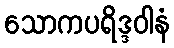
သောကပရိဒ္ဒဝါနံ